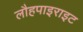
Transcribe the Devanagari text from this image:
लौहपाइराइट